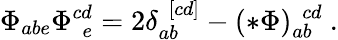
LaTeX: \Phi_{abe}\Phi_{\ \ e}^{cd}=2\delta_{ab}^{\ \ [cd]}-(*\Phi)_{ab}^{\ \ cd}\ .